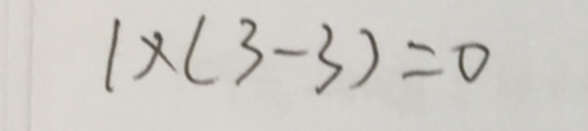
1 \times ( 3 - 3 ) = 0